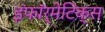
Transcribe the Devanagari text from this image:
इंफॉर्मेटिक्स